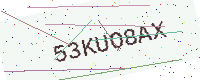
Text: 53KUO8AX